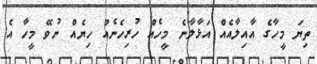
ތިޔަ މީހާގެ އާއިލާއެއް އަޅާލާނެ މީހެއް ހުރިހެނެއް ހިޔެއް ނުވޭ މީހާ އެ